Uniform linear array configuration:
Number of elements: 32
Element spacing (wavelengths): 0.25
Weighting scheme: uniform
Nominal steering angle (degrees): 60
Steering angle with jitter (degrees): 58.925
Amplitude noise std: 0.05
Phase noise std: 0.05

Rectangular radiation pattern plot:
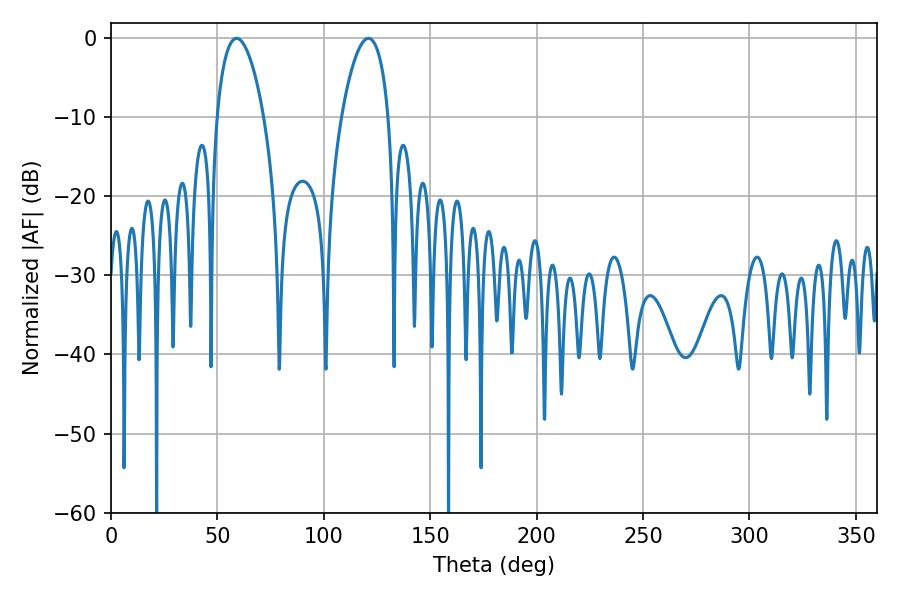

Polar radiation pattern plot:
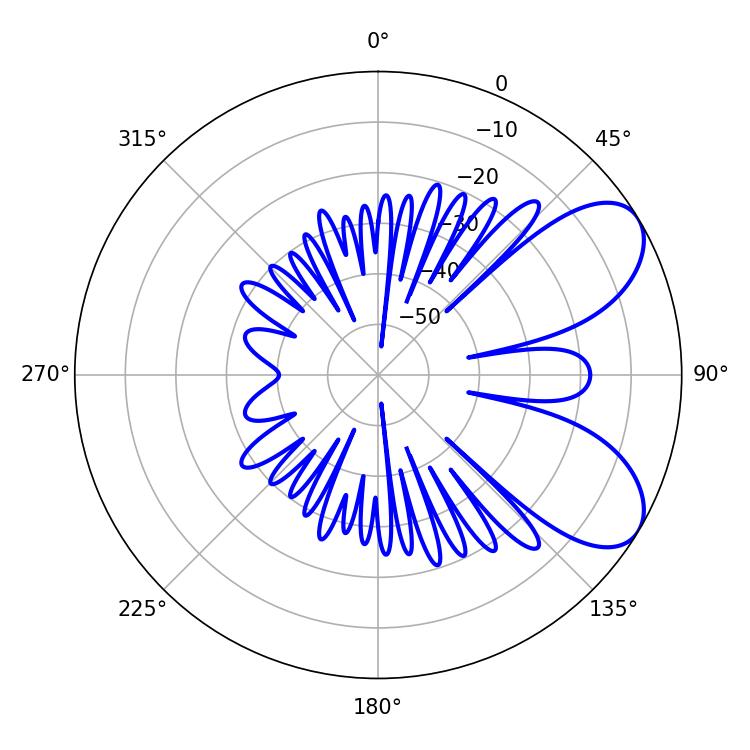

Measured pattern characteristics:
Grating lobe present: FALSE
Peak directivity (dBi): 6.965
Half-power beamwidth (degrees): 12.24
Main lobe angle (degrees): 59.04